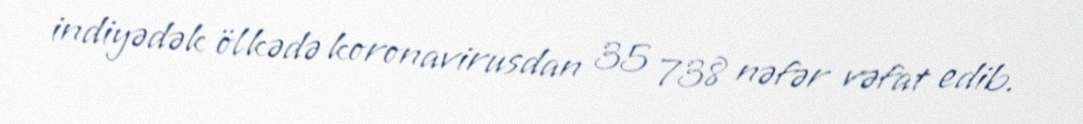
indiyədək ölkədə koronavirusdan 35 738 nəfər vəfat edib.